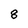
Character: 8